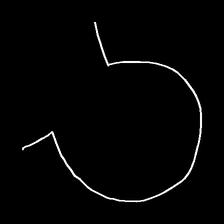
Glyph: weave